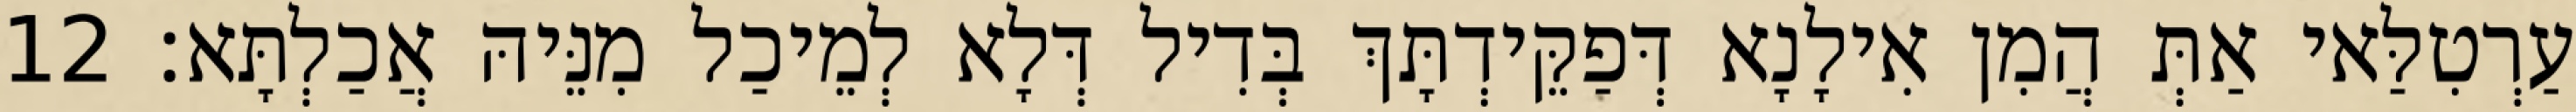
עַרְטִלַּאי אַתְּ הֲמִן אִילָנָא דְּפַקֵּידְתָּךְ בְּדִיל דְּלָא לְמֵיכַל מִנֵּיהּ אֲכַלְתָּא׃ 12